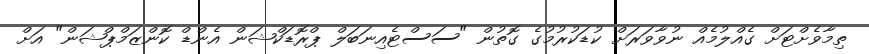
ތިމާވެށްޓަށް ގެއްލުމެއް ނުވާވަރަށް ކުޑަކުރުމުގެ ގޮތުން "ސަސްޓެއިނަބަލް ޕްރޮޑަކްޝަން އެންޑް ކޮންޒަމްޕްޝަން" އަށް